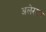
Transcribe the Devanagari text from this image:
अलेरमन